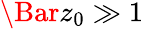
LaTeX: \Bar{z}_{0}\gg 1